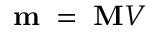
\mathbf { m } \; = \; \mathbf { M } V